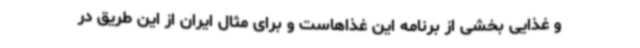
و غذایی بخشی از برنامه این غذاهاست و برای مثال ایران از این طریق در